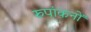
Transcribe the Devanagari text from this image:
रुपांकनों